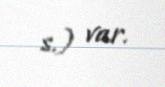
s.) var.